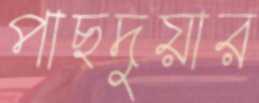
পাছদুয়ার